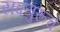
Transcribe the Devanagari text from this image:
सदगुरूचे